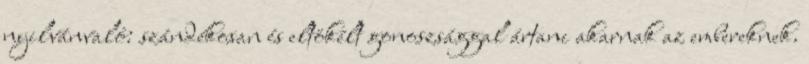
nyilvánvaló: szándékosan és eltökélt gonoszsággal ártani akarnak az embereknek.